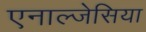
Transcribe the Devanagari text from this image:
एनाल्जेसिया